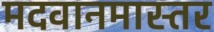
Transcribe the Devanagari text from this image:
मदवानमास्तर